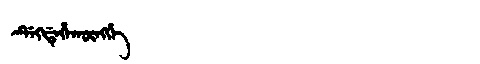
Manchu: ᡩᡝᡴᡩᡝᡥᠠᡴᡡᠩᡤᡝ
Romanization: DEKDEHAKŪNGGE